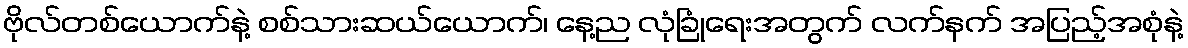
ဗိုလ်တစ်ယောက်နဲ့ စစ်သားဆယ်ယောက်၊ နေ့ည လုံခြုံရေးအတွက် လက်နက် အပြည့်အစုံနဲ့